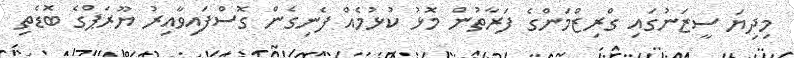
މިދިޔަ ސީޒަނުގައި ގްރިޒްމަންގެ ފަރާތުން މޮޅު ކުޅުމެއް ފެނިގެން ގޮސްފައިވާއިރު ޔޫރަޕްގެ ބޮޑެތި